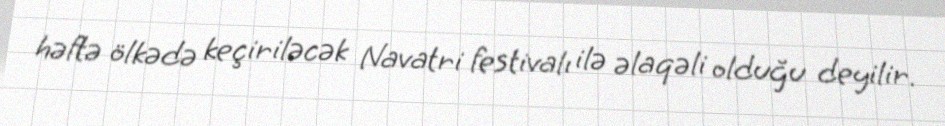
həftə ölkədə keçiriləcək Navatri festivalı ilə əlaqəli olduğu deyilir.